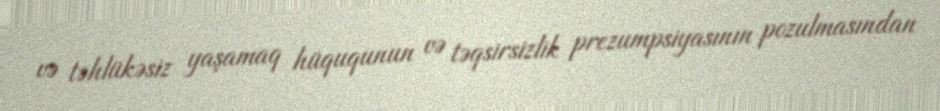
və təhlükəsiz yaşamaq hüququnun və təqsirsizlik prezumpsiyasının pozulmasından